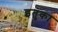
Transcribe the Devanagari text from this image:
इतुका